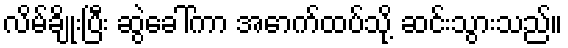
လိမ်ချိုးပြီး ဆွဲခေါ်ကာ အောက်ထပ်သို့ ဆင်းသွားသည်။